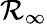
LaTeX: \mathcal{R}_{\infty}